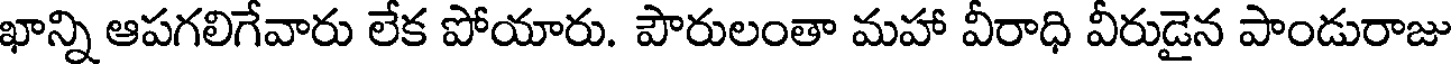
ఖాన్ని ఆపగలిగేవారు లేక పోయారు. పౌరులంతా మహా వీరాధి వీరుడైన పాండురాజు